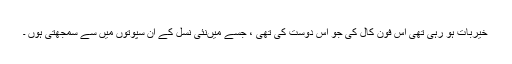
خیربات ہو رہی تھی اس فون کال کی جو اس دوست کی تھی ، جسے میںنئی نسل کے ان سپوتوں میں سے سمجھتی ہوں ۔